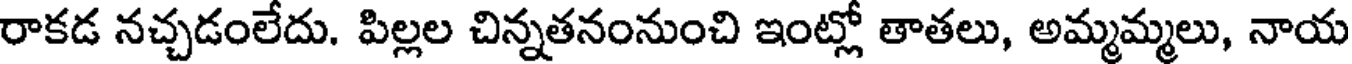
రాకడ నచ్చడంలేదు. పిల్లల చిన్నతనంనుంచి ఇంట్లో తాతలు, అమ్మమ్మలు, నాయ